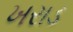
ખરાડ